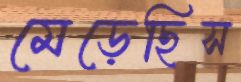
মেড়েছিস